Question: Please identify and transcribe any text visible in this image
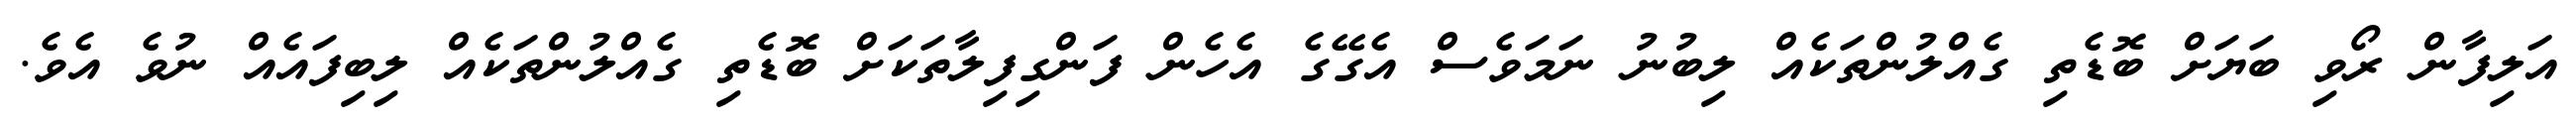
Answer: އަލިފާން ރޯވި ބަޔަށް ބޮޑެތި ގެއްލުންތަކެއް ލިބުނު ނަމަވެސް އެގޭގެ އެހެން ފަންގިފިލާތަކަށް ބޮޑެތި ގެއްލުންތަކެއް ލިބިފައެއް ނުވެ އެވެ.